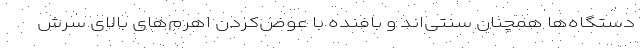
دستگاه‌ها همچنان سنتی‌اند و بافنده با عوض‌کردن اهرم‌های بالای سرش